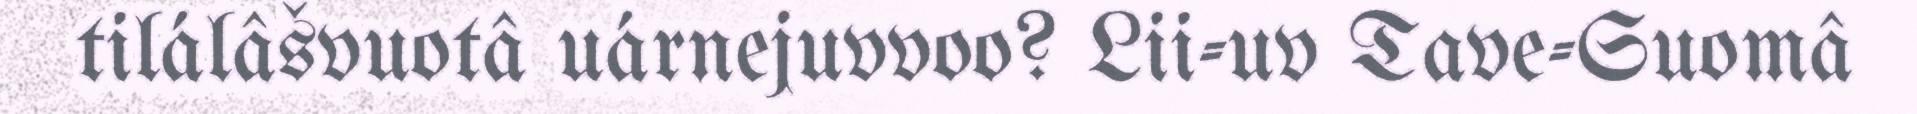
tilálâšvuotâ uárnejuvvoo? Lii-uv Tave-Suomâ